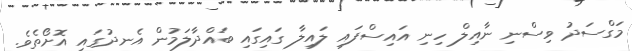
މަގްސަދު ވިސްނި ނާއިލް ހިނި އައިސްފައި ލައިލާ ގައިގައި ބައްދާލަމުން އެނދުގައި އޮށޯތެވެ.